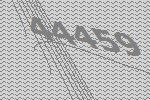
44459